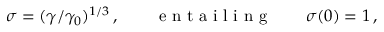
\sigma = ( \gamma / \gamma _ { 0 } ) ^ { 1 / 3 } \, , \qquad \mathrm { ~ e ~ n ~ t ~ a ~ i ~ l ~ i ~ n ~ g ~ } \qquad \sigma ( 0 ) = 1 \, ,